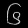
Digit: ၆